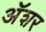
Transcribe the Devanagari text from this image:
अॅशर